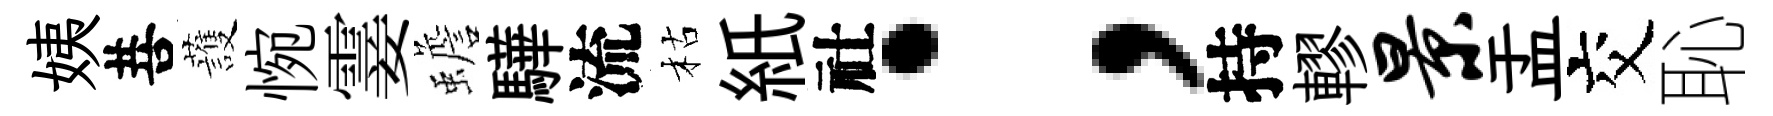
姨菩䕶惋霎蟾驊流枯紙社；持轇景盂交恥